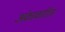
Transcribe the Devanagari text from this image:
अंकाकरिता